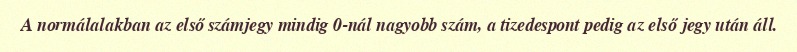
A normálalakban az első számjegy mindig 0-nál nagyobb szám, a tizedespont pedig az első jegy után áll.